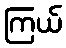
ကြယ်